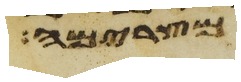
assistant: מצרימה